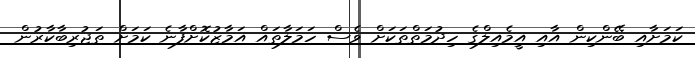
ކަމަށާއި ބޭންކިން އާއި އީމެއިލްގެ ހިދުމަތްތަކަށް ވެސް ހަމަލާތައް އަމާޒުކޮށްފާނެ ކަމަށް ތަޖުރިބާކާރުން